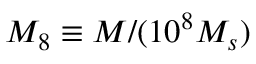
M _ { 8 } \equiv M / ( 1 0 ^ { 8 } M _ { s } )